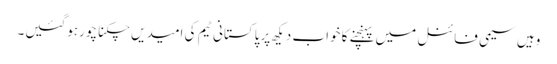
وہیں سیمی فائنل میں پہنچنے کا خواب دیکھ پرپاکستانی ٹیم کی امیدیں چکنا چورہوگئیں۔